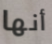
أنها